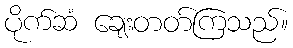
ပိုက်ဆံ ချေးတတ်ကြသည်။